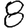
Digit: 8